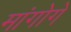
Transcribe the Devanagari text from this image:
मांगोगे